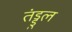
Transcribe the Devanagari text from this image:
तंड्डुल